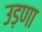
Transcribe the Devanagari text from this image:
उड़णा